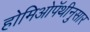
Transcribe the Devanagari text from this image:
होमिओपॅथीनुसार